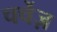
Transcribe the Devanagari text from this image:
चर्चेज़